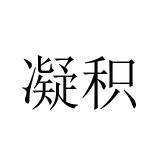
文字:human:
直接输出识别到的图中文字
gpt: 凝积